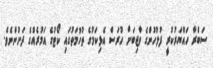
ސަބްރާ ހައްޔަރުކުރީ ފުލުހުންގެ ވާޖިބަށް ހުރަސް އެޅިކަމުގެ ތުހުމަތުގައި ކޯޓުގެ އަމުރެއްގެ ދަށުންނެވެ.